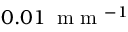
0 . 0 1 \: \mathrm { ~ m ~ m ~ } ^ { - 1 }